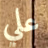
علي